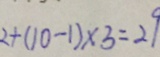
2 + ( 1 0 - 1 ) \times 3 = 2 9